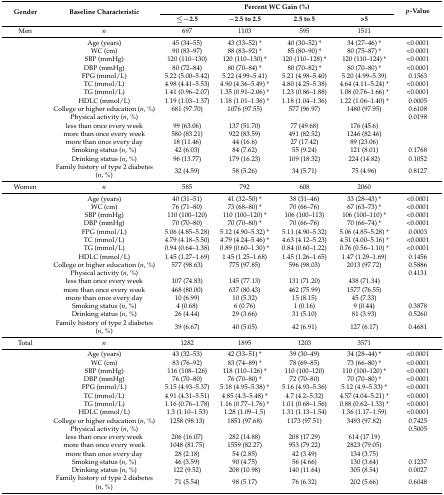
<table><thead><tr><td rowspan="2"><b>Gender</b></td><td rowspan="2"><b>Baseline Characteristic</b></td><td colspan="4"><b>Percent WC Gain (%)</b></td><td rowspan="2"><b><i>p-</i>Value</b></td></tr><tr><td><b>≤−2.5</b></td><td><b>−2.5 to 2.5</b></td><td><b>2.5 to 5</b></td><td><b>&gt;5</b></td></tr></thead><tbody><tr><td>Men</td><td><i>n</i></td><td>697</td><td>1103</td><td>595</td><td>1511</td><td></td></tr><tr><td></td><td>Age (years)</td><td>45 (34–55)</td><td>43 (33–52) *</td><td>40 (30–52) *</td><td>34 (27–46) *</td><td>&lt;0.0001</td></tr><tr><td></td><td>WC (cm)</td><td>90 (83–97)</td><td>88 (83–92) *</td><td>85 (80–90) *</td><td>80 (75–87) *</td><td>&lt;0.0001</td></tr><tr><td></td><td>SBP (mmHg)</td><td>120 (110–130)</td><td>120 (110–130) *</td><td>120 (110–128) *</td><td>120 (110–124) *</td><td>&lt;0.0001</td></tr><tr><td></td><td>DBP (mmHg)</td><td>80 (72–84)</td><td>80 (70–84) *</td><td>80 (70–82) *</td><td>80 (70–80) *</td><td>&lt;0.0001</td></tr><tr><td></td><td>FPG (mmol/L)</td><td>5.22 (5.00–5.42)</td><td>5.22 (4.99–5.41)</td><td>5.21 (4.98–5.40)</td><td>5.20 (4.99–5.39)</td><td>0.1563</td></tr><tr><td></td><td>TC (mmol/L)</td><td>4.98 (4.41–5.53)</td><td>4.90 (4.36–5.49) *</td><td>4.80 (4.25–5.38)</td><td>4.64 (4.11–5.24) *</td><td>&lt;0.0001</td></tr><tr><td></td><td>TG (mmol/L)</td><td>1.41 (0.96–2.07)</td><td>1.35 (0.91–2.06) *</td><td>1.23 (0.86–1.88)</td><td>1.08 (0.76–1.66) *</td><td>&lt;0.0001</td></tr><tr><td></td><td>HDLC (mmol/L)</td><td>1.19 (1.03–1.37)</td><td>1.18 (1.01–1.36) *</td><td>1.18 (1.04–1.36)</td><td>1.22 (1.06–1.40) *</td><td>0.0005</td></tr><tr><td></td><td>College or higher education (<i>n</i>, %)</td><td>681 (97.70)</td><td>1076 (97.55)</td><td>577 (96.97)</td><td>1480 (97.95)</td><td>0.6108</td></tr><tr><td></td><td>Physical activity (<i>n</i>, %)</td><td></td><td></td><td></td><td></td><td>0.0198</td></tr><tr><td></td><td>less than once every week</td><td>99 (63.06)</td><td>137 (51.70)</td><td>77 (49.68)</td><td>176 (45.6)</td><td></td></tr><tr><td></td><td>more than once every week</td><td>580 (83.21)</td><td>922 (83.59)</td><td>491 (82.52)</td><td>1246 (82.46)</td><td></td></tr><tr><td></td><td>more than once every day</td><td>18 (11.46)</td><td>44 (16.6)</td><td>27 (17.42)</td><td>89 (23.06)</td><td></td></tr><tr><td></td><td>Smoking status (<i>n</i>, %)</td><td>42 (6.03)</td><td>84 (7.62)</td><td>55 (9.24)</td><td>121 (8.01)</td><td>0.1768</td></tr><tr><td></td><td>Drinking status (<i>n</i>, %)</td><td>96 (13.77)</td><td>179 (16.23)</td><td>109 (18.32)</td><td>224 (14.82)</td><td>0.1052</td></tr><tr><td></td><td>Family history of type 2 diabetes (<i>n</i>, %)</td><td>32 (4.59)</td><td>58 (5.26)</td><td>34 (5.71)</td><td>75 (4.96)</td><td>0.8127</td></tr><tr><td>Women</td><td><i>n</i></td><td>585</td><td>792</td><td>608</td><td>2060</td><td></td></tr><tr><td></td><td>Age (years)</td><td>40 (31–51)</td><td>41 (32–50) *</td><td>38 (31–46)</td><td>33 (28–43) *</td><td>&lt;0.0001</td></tr><tr><td></td><td>WC (cm)</td><td>76 (71–80)</td><td>73 (68–80) *</td><td>70 (66–76)</td><td>67 (63–73) *</td><td>&lt;0.0001</td></tr><tr><td></td><td>SBP (mmHg)</td><td>110 (100–120)</td><td>110 (100–120) *</td><td>106 (100–113)</td><td>106 (100–110) *</td><td>&lt;0.0001</td></tr><tr><td></td><td>DBP (mmHg)</td><td>70 (70–80)</td><td>70 (70–80) *</td><td>70 (66–76)</td><td>70 (66–74) *</td><td>&lt;0.0001</td></tr><tr><td></td><td>FPG (mmol/L)</td><td>5.06 (4.85–5.28)</td><td>5.12 (4.90–5.32) *</td><td>5.11 (4.90–5.32)</td><td>5.06 (4.85–5.28) *</td><td>0.0003</td></tr><tr><td></td><td>TC (mmol/L)</td><td>4.79 (4.18–5.50)</td><td>4.79 (4.24–5.46) *</td><td>4.63 (4.12–5.23)</td><td>4.51 (4.00–5.16) *</td><td>&lt;0.0001</td></tr><tr><td></td><td>TG (mmol/L)</td><td>0.94 (0.64–1.38)</td><td>0.89 (0.60–1.30) *</td><td>0.84 (0.60–1.22)</td><td>0.76 (0.56–1.10) *</td><td>&lt;0.0001</td></tr><tr><td></td><td>HDLC (mmol/L)</td><td>1.45 (1.27–1.69)</td><td>1.45 (1.25–1.68)</td><td>1.45 (1.26–1.65)</td><td>1.47 (1.29–1.69)</td><td>0.1456</td></tr><tr><td></td><td>College or higher education (<i>n</i>, %)</td><td>577 (98.63)</td><td>775 (97.85)</td><td>596 (98.03)</td><td>2013 (97.72)</td><td>0.5886</td></tr><tr><td></td><td>Physical activity (<i>n</i>, %)</td><td></td><td></td><td></td><td></td><td>0.4131</td></tr><tr><td></td><td>less than once every week</td><td>107 (74.83)</td><td>145 (77.13)</td><td>131 (71.20)</td><td>438 (71.34)</td><td></td></tr><tr><td></td><td>more than once every week</td><td>468 (80.00)</td><td>637 (80.43)</td><td>462 (75.99)</td><td>1577 (76.55)</td><td></td></tr><tr><td></td><td>more than once every day</td><td>10 (6.99)</td><td>10 (5.32)</td><td>15 (8.15)</td><td>45 (7.33)</td><td></td></tr><tr><td></td><td>Smoking status (<i>n</i>, %)</td><td>4 (0.68)</td><td>6 (0.76)</td><td>1 (0.16)</td><td>9 (0.44)</td><td>0.3878</td></tr><tr><td></td><td>Drinking status (<i>n</i>, %)</td><td>26 (4.44)</td><td>29 (3.66)</td><td>31 (5.10)</td><td>81 (3.93)</td><td>0.5260</td></tr><tr><td></td><td>Family history of type 2 diabetes (<i>n</i>, %)</td><td>39 (6.67)</td><td>40 (5.05)</td><td>42 (6.91)</td><td>127 (6.17)</td><td>0.4681</td></tr><tr><td>Total</td><td><i>n</i></td><td>1282</td><td>1895</td><td>1203</td><td>3571</td><td></td></tr><tr><td></td><td>Age (years)</td><td>43 (32–53)</td><td>42 (33–51) *</td><td>39 (30–49)</td><td>34 (28–44) *</td><td>&lt;0.0001</td></tr><tr><td></td><td>WC (cm)</td><td>83 (76–92)</td><td>83 (74–89) *</td><td>78 (69–85)</td><td>73 (66–80) *</td><td>&lt;0.0001</td></tr><tr><td></td><td>SBP (mmHg)</td><td>116 (108–126)</td><td>118 (110–126) *</td><td>110 (100–120)</td><td>110 (100–120) *</td><td>&lt;0.0001</td></tr><tr><td></td><td>DBP (mmHg)</td><td>76 (70–80)</td><td>76 (70–80) *</td><td>72 (70–80)</td><td>70 (70–80) *</td><td>&lt;0.0001</td></tr><tr><td></td><td>FPG (mmol/L)</td><td>5.15 (4.93–5.37)</td><td>5.18 (4.95–5.38) *</td><td>5.16 (4.93–5.36)</td><td>5.12 (4.9–5.33) *</td><td>&lt;0.0001</td></tr><tr><td></td><td>TC (mmol/L)</td><td>4.91 (4.31–5.51)</td><td>4.85 (4.3–5.48) *</td><td>4.7 (4.2–5.32)</td><td>4.57 (4.04–5.21) *</td><td>&lt;0.0001</td></tr><tr><td></td><td>TG (mmol/L)</td><td>1.16 (0.76–1.78)</td><td>1.16 (0.77–1.76) *</td><td>1.01 (0.68–1.56)</td><td>0.88 (0.62–1.33) *</td><td>&lt;0.0001</td></tr><tr><td></td><td>HDLC (mmol/L)</td><td>1.3 (1.10–1.53)</td><td>1.28 (1.09–1.5)</td><td>1.31 (1.13–1.54)</td><td>1.36 (1.17–1.59)</td><td>&lt;0.0001</td></tr><tr><td></td><td>College or higher education (<i>n</i>, %)</td><td>1258 (98.13)</td><td>1851 (97.68)</td><td>1173 (97.51)</td><td>3493 (97.82)</td><td>0.7425</td></tr><tr><td></td><td>Physical activity (<i>n</i>, %)</td><td></td><td></td><td></td><td></td><td>0.5005</td></tr><tr><td></td><td>less than once every week</td><td>206 (16.07)</td><td>282 (14.88)</td><td>208 (17.29)</td><td>614 (17.19)</td><td></td></tr><tr><td></td><td>more than once every week</td><td>1048 (81.75)</td><td>1559 (82.27)</td><td>953 (79.22)</td><td>2823 (79.05)</td><td></td></tr><tr><td></td><td>more than once every day</td><td>28 (2.18)</td><td>54 (2.85)</td><td>42 (3.49)</td><td>134 (3.75)</td><td></td></tr><tr><td></td><td>Smoking status (<i>n</i>, %)</td><td>46 (3.59)</td><td>90 (4.75)</td><td>56 (4.66)</td><td>130 (3.64)</td><td>0.1237</td></tr><tr><td></td><td>Drinking status (<i>n</i>, %)</td><td>122 (9.52)</td><td>208 (10.98)</td><td>140 (11.64)</td><td>305 (8.54)</td><td>0.0027</td></tr><tr><td></td><td>Family history of type 2 diabetes (<i>n</i>, %)</td><td>71 (5.54)</td><td>98 (5.17)</td><td>76 (6.32)</td><td>202 (5.66)</td><td>0.6048</td></tr></tbody></table>